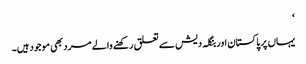
‘
یہاں پر پاکستان اور بنگلہ دیش سے تعلق رکھنے والے مرد بھی موجود ہیں۔